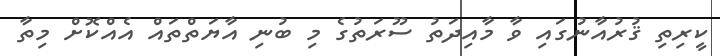
ކީރިތި ޤުރުއާނުގައި ވާ މާއިދަތު ސޫރަތުގެ މި ބުނި އާޔަތްތައް އެއްކޮށް މިތާ